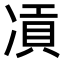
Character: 𠗸